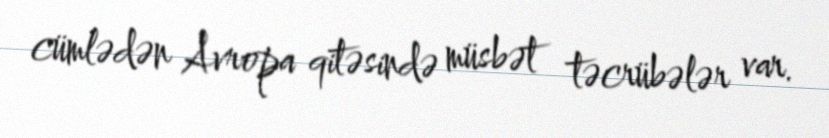
cümlədən Avropa qitəsində müsbət təcrübələr var.